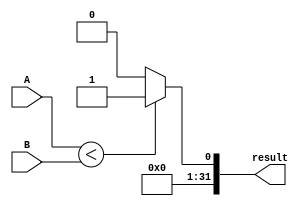
module sltu (
    input [31:0] A,
    input [31:0] B,
    output reg [31:0] result
);
    // nao complemento de 2
    always @(*) begin
        result <= A < B ? 1:0;
    end
endmodule